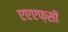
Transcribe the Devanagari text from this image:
एएएफ़सी